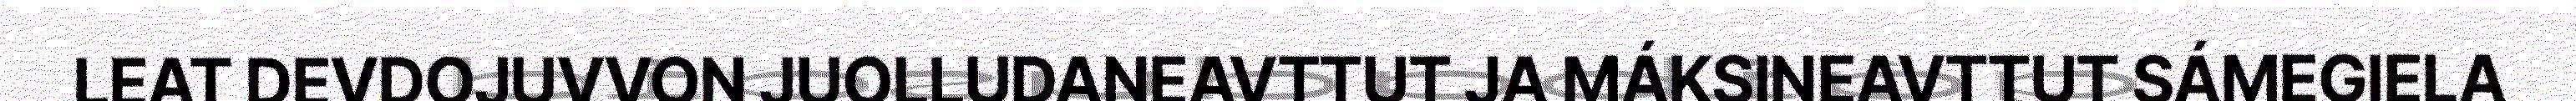
LEAT DEVDOJUVVON JUOLLUDANEAVTTUT JA MÁKSINEAVTTUT SÁMEGIELA